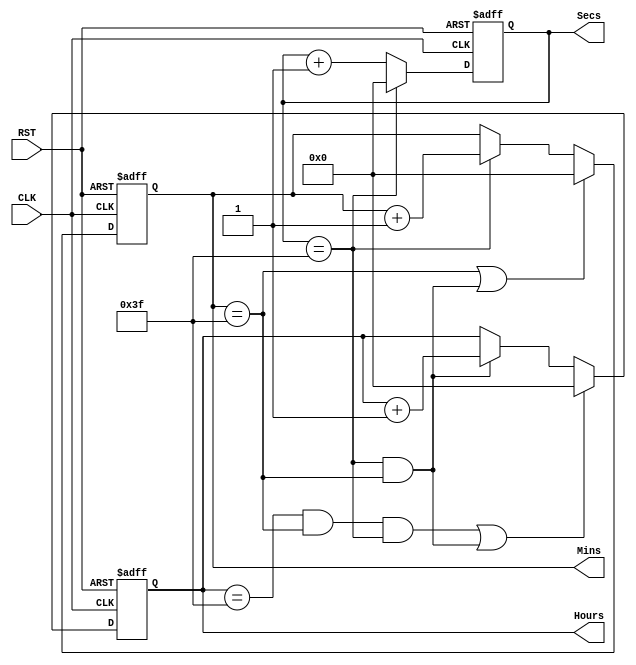
module calendar (
  input CLK,
  input RST,
  output reg [5:0] Hours,
  output reg [5:0] Mins,
  output reg [5:0] Secs
);

  always @(posedge CLK or posedge RST) begin
    if (RST)
      Secs <= 6'b0;
    else if (Secs == 6'b111111)
      Secs <= 6'b0;
    else
      Secs <= Secs + 1;
  end

  always @(posedge CLK or posedge RST) begin
    if (RST)
      Mins <= 6'b0;
    else if (Mins == 6'b111111 || (Secs == 6'b111111 && Mins == 6'b111111))
      Mins <= 6'b0;
    else if (Secs == 6'b111111)
      Mins <= Mins + 1;
  end

  always @(posedge CLK or posedge RST) begin
    if (RST)
      Hours <= 6'b0;
    else if ((Hours == 6'b111111 && Mins == 6'b111111 && Secs == 6'b111111) || (Mins == 6'b111111 && Secs == 6'b111111))
      Hours <= 6'b0;
    else if (Mins == 6'b111111 && Secs == 6'b111111)
      Hours <= Hours + 1;
  end

endmodule